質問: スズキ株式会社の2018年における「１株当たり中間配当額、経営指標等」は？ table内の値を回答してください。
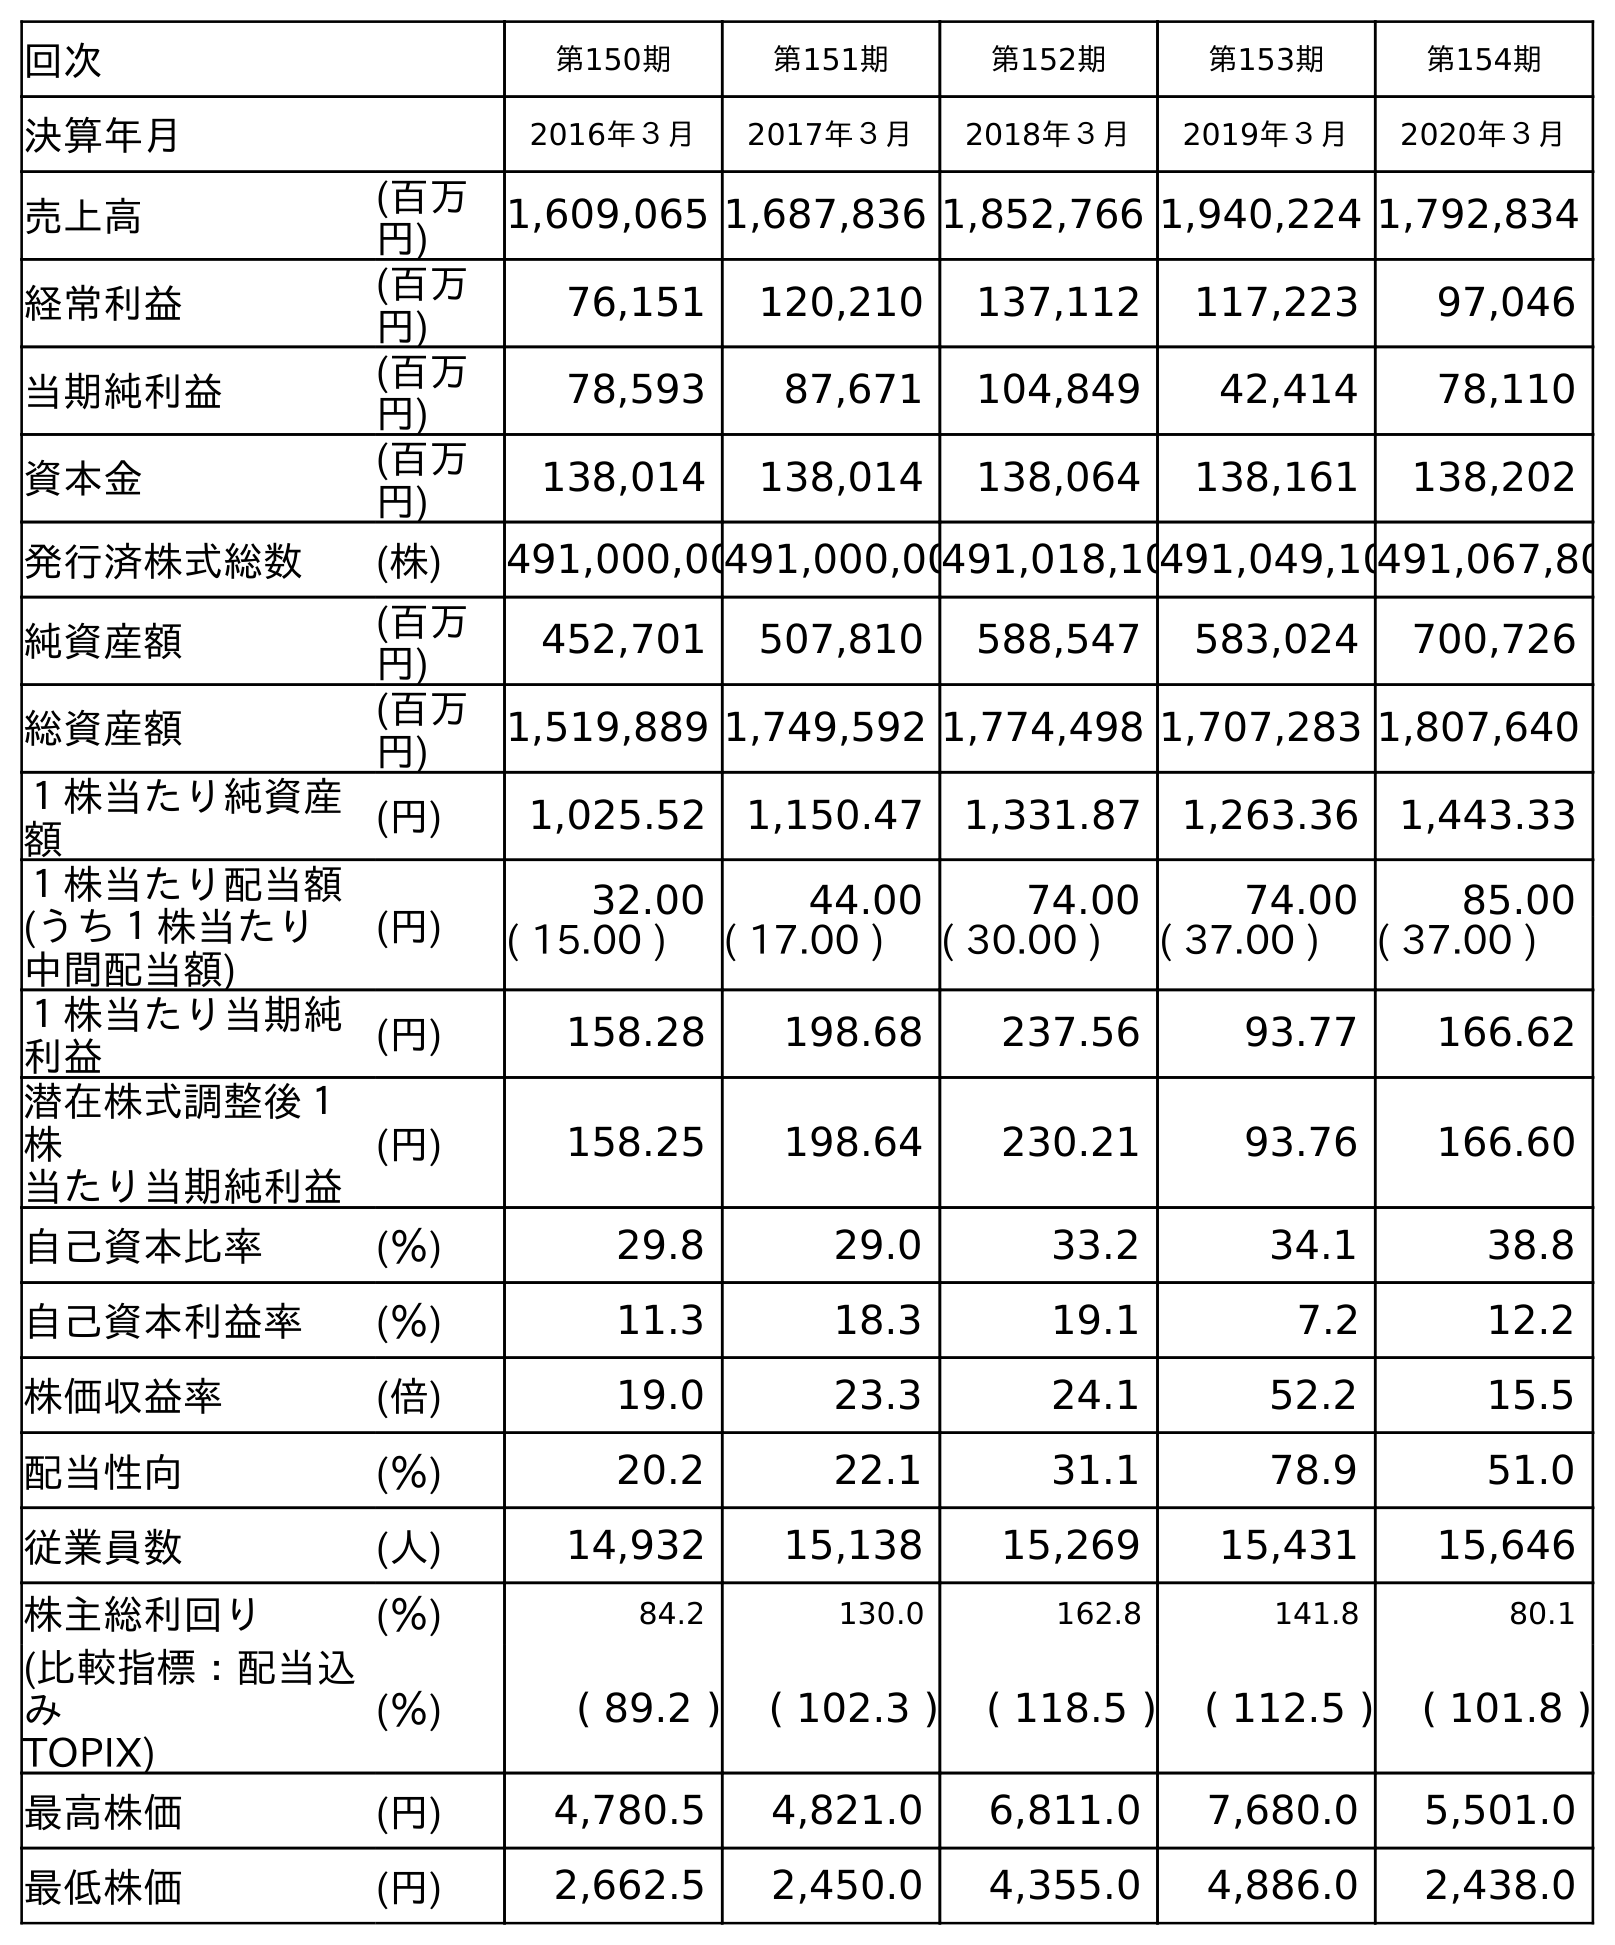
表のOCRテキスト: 回次 第150期 第151期 第152期 第153期 第154期 決算年月 2016年３月 2017年３月 2018年３月 2019年３月 2020年３月 売上高 (百万 円) 1,609,065 1,687,836 1,852,766 1,940,224 1,792,834 経常利益 (百万 円) 76,151 120,210 137,112 117,223 97,046 当期純利益 (百万 円) 78,593 87,671 104,849 42,414 78,110 資本金 (百万 円) 138,014 138,014 138,064 138,161 138,202 発行済株式総数 (株) 491,000,00491,000,00491,018,10491,049,10491,067,80 純資産額 (百万 円) 452,701 507,810 588,547 583,024 700,726 総資産額 (百万 円) 1,519,889 1,749,592 1,774,498 1,707,283 1,807,640 １株当たり純資産 額 (円) 1,025.52 1,150.47 1,331.87 1,263.36 1,443.33 １株当たり配当額 (うち１株当たり 中間配当額) (円) 32.00 44.00 74.00 74.00 85.00 ( 15.00 ) ( 17.00 ) ( 30.00 ) ( 37.00 ) ( 37.00 ) １株当たり当期純 利益 (円) 158.28 198.68 237.56 93.77 166.62 潜在株式調整後１ 株 当たり当期純利益 (円) 158.25 198.64 230.21 93.76 166.60 自己資本比率 (％) 29.8 29.0 33.2 34.1 38.8 自己資本利益率 (％) 11.3 18.3 19.1 7.2 12.2 株価収益率 (倍) 19.0 23.3 24.1 52.2 15.5 配当性向 (％) 20.2 22.1 31.1 78.9 51.0 従業員数 (人) 14,932 15,138 15,269 15,431 15,646 株主総利回り (％) 84.2 130.0 162.8 141.8 80.1 (比較指標：配当込 み TOPIX) (％) ( 89.2 ) ( 102.3 ) ( 118.5 ) ( 112.5 ) ( 101.8 ) 最高株価 (円) 4,780.5 4,821.0 6,811.0 7,680.0 5,501.0 最低株価 (円) 2,662.5 2,450.0 4,355.0 4,886.0 2,438.0
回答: (30.00)